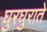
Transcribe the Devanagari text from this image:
घुरघुराते